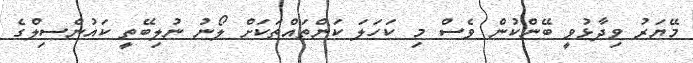
މޭޔަރު ވިދާޅުވީ ބޭންކުން ވެސް މި ކަހަލަ ކަންތައްތަކަށް ލޯނު ނުލިބޭތީ ކައުންސިލްގެ